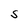
Character: S